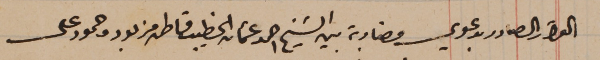
القرار الصادر بدعوي مضاربة بين الشيخ احمد عثمان الخطيب قماطى بدر وحمود على